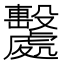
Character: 𣫦